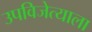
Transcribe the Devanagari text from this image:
उपविजेत्याला